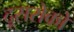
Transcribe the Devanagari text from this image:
दूसरोकों